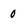
Character: 0